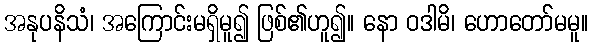
အနုပနိသံ၊ အကြောင်းမရှိမူ၍ ဖြစ်၏ဟူ၍။ နော ဝဒါမိ၊ ဟောတော်မမူ။